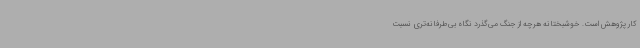
کار پژوهش است. خوشبختانه هرچه از جنگ می‌گذرد نگاه بی‌طرفانه‌تری نسبت